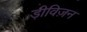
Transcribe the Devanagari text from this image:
ड़ीविज़न